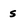
Character: s